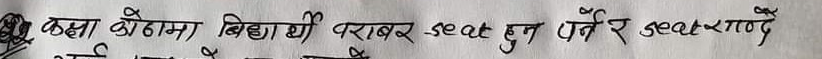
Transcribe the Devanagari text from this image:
कक्षा कोठामा बिद्यार्थी बराबर seat हुन पर्ने र seat काट्‌न